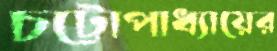
চট্টোপাধ্যায়ের